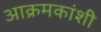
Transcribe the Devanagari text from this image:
आक्रमकांशी